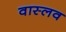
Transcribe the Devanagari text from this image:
वास्लव